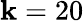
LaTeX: \mathbf{k}=20